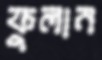
ফুলান